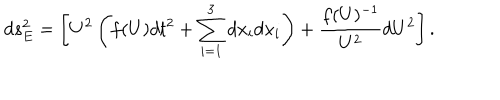
d s _ { E } ^ { 2 } = \left[ U ^ { 2 } \left( f ( U ) d t ^ { 2 } + \sum _ { i = 1 } ^ { 3 } d x _ { i } d x _ { i } \right) + \frac { f ( U ) ^ { - 1 } } { U ^ { 2 } } d U ^ { 2 } \right] .